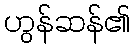
ဟွန်ဆန်၏